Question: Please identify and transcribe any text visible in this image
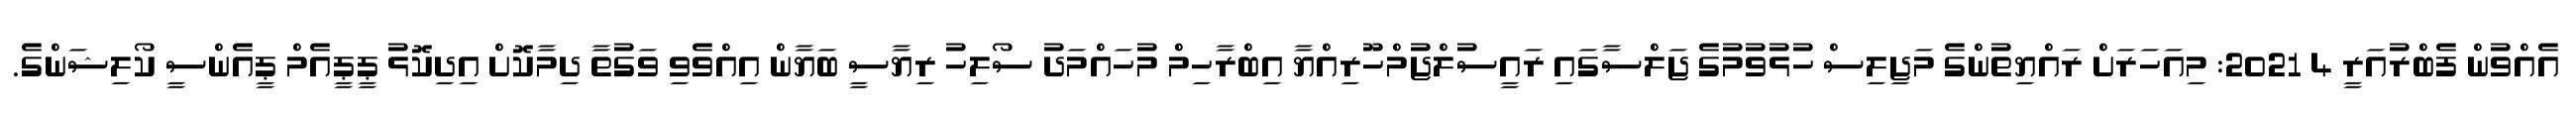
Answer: އެއްވުން ފެބްރުއަރީ 4 2021: މިއަހަރަށް ރައްޔިތުންގެ މަޖިލިސް ހުޅުވުމުގެ ޖަލްސާގައި ރައީސުލްޖުމްހޫރިއްޔާ އިބްރާހިމް މުހައްމަދު ސޯލިހު ރިޔާސީ ބަޔާން އިއްވެވި ވަގުތާ ދިމާކޮށް އިދިކޮޅު ޕީޕީއެމް ޕީއެންސީ ކޯލިޝަންގެ.